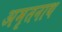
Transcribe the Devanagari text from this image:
अमृतनाथ